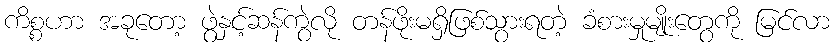
ကိစ္စဟာ အခုတော့ ဖွဲနှင့်ဆန်ကွဲလို တန်ဖိုးမရှိဖြစ်သွားရတဲ့ ခံစားမှုမျိုးတွေကို မြင်လာ